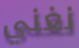
نغني